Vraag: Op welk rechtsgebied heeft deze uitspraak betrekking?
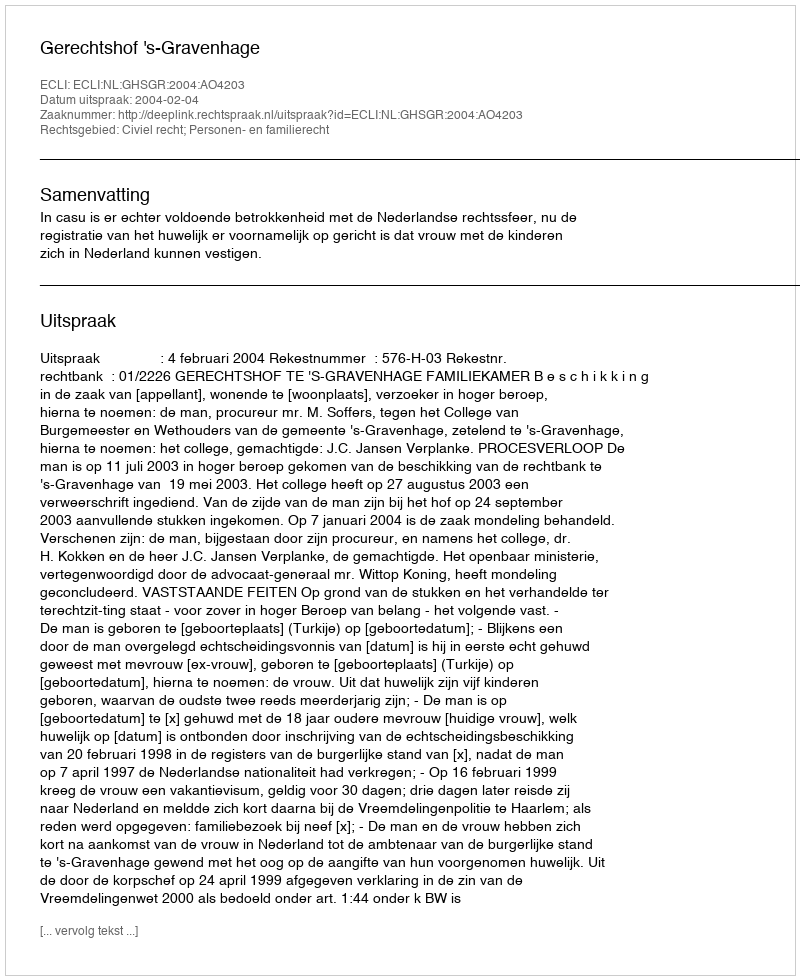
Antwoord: Civiel recht; Personen- en familierecht